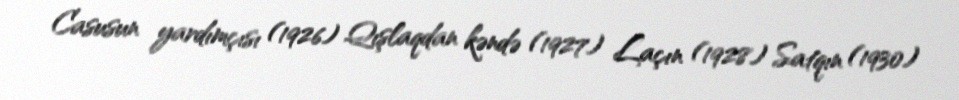
Casusun yardımçısı (1926) Qışlaqdan kəndə (1927) Laçın (1928) Satqın (1930)